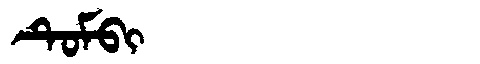
Manchu: ᡨᡠᠮᠪᡳ
Romanization: TUMBI